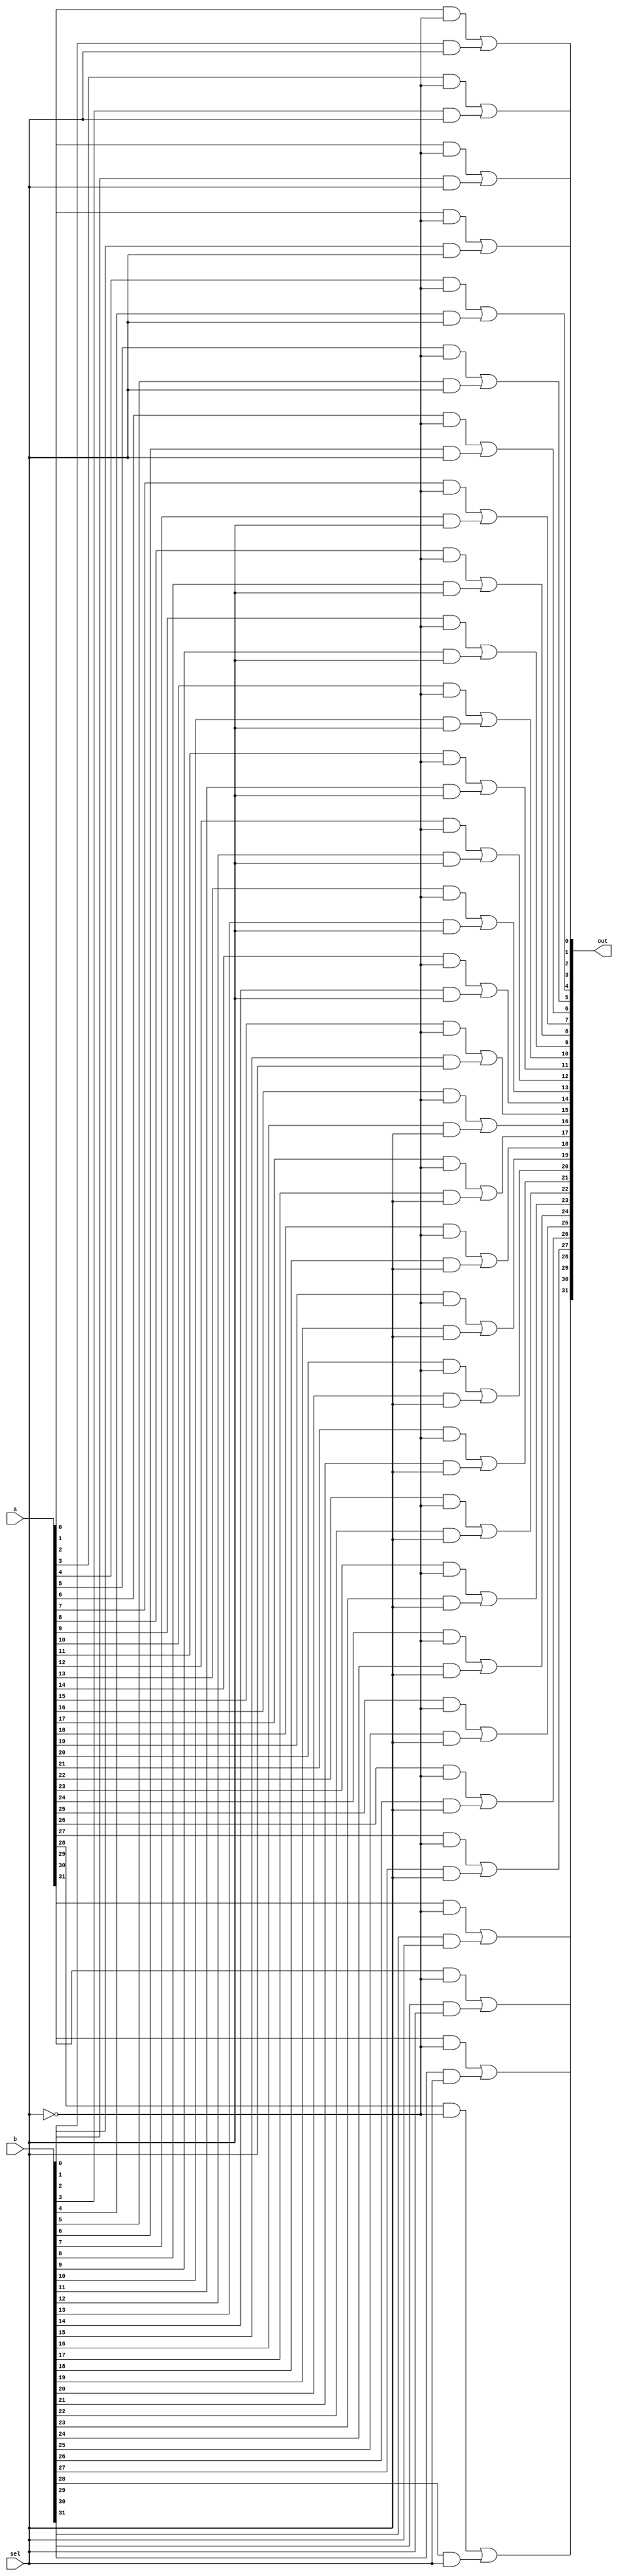
module mux2w32(
out,
a,
b,
sel);

//input
input wire [31:0] a;
input wire [31:0] b;
input wire sel;
//output
output wire [31:0] out;
//intermediate
wire notsel;
wire [31:0] asel;
wire [31:0] bsel;
not(notsel,sel);
and(asel[0],a[0],notsel);
and(asel[1],a[1],notsel);
and(asel[2],a[2],notsel);
and(asel[3],a[3],notsel);
and(asel[4],a[4],notsel);
and(asel[5],a[5],notsel);
and(asel[6],a[6],notsel);
and(asel[7],a[7],notsel);
and(asel[8],a[8],notsel);
and(asel[9],a[9],notsel);
and(asel[10],a[10],notsel);
and(asel[11],a[11],notsel);
and(asel[12],a[12],notsel);
and(asel[13],a[13],notsel);
and(asel[14],a[14],notsel);
and(asel[15],a[15],notsel);
and(asel[16],a[16],notsel);
and(asel[17],a[17],notsel);
and(asel[18],a[18],notsel);
and(asel[19],a[19],notsel);
and(asel[20],a[20],notsel);
and(asel[21],a[21],notsel);
and(asel[22],a[22],notsel);
and(asel[23],a[23],notsel);
and(asel[24],a[24],notsel);
and(asel[25],a[25],notsel);
and(asel[26],a[26],notsel);
and(asel[27],a[27],notsel);
and(asel[28],a[28],notsel);
and(asel[29],a[29],notsel);
and(asel[30],a[30],notsel);
and(asel[31],a[31],notsel);

and(bsel[0],b[0],sel);
and(bsel[1],b[1],sel);
and(bsel[2],b[2],sel);
and(bsel[3],b[3],sel);
and(bsel[4],b[4],sel);
and(bsel[5],b[5],sel);
and(bsel[6],b[6],sel);
and(bsel[7],b[7],sel);
and(bsel[8],b[8],sel);
and(bsel[9],b[9],sel);
and(bsel[10],b[10],sel);
and(bsel[11],b[11],sel);
and(bsel[12],b[12],sel);
and(bsel[13],b[13],sel);
and(bsel[14],b[14],sel);
and(bsel[15],b[15],sel);
and(bsel[16],b[16],sel);
and(bsel[17],b[17],sel);
and(bsel[18],b[18],sel);
and(bsel[19],b[19],sel);
and(bsel[20],b[20],sel);
and(bsel[21],b[21],sel);
and(bsel[22],b[22],sel);
and(bsel[23],b[23],sel);
and(bsel[24],b[24],sel);
and(bsel[25],b[25],sel);
and(bsel[26],b[26],sel);
and(bsel[27],b[27],sel);
and(bsel[28],b[28],sel);
and(bsel[29],b[29],sel);
and(bsel[30],b[30],sel);
and(bsel[31],b[31],sel);

or(out[0],asel[0],bsel[0]);
or(out[1],asel[1],bsel[1]);
or(out[2],asel[2],bsel[2]);
or(out[3],asel[3],bsel[3]);
or(out[4],asel[4],bsel[4]);
or(out[5],asel[5],bsel[5]);
or(out[6],asel[6],bsel[6]);
or(out[7],asel[7],bsel[7]);
or(out[8],asel[8],bsel[8]);
or(out[9],asel[9],bsel[9]);
or(out[10],asel[10],bsel[10]);
or(out[11],asel[11],bsel[11]);
or(out[12],asel[12],bsel[12]);
or(out[13],asel[13],bsel[13]);
or(out[14],asel[14],bsel[14]);
or(out[15],asel[15],bsel[15]);
or(out[16],asel[16],bsel[16]);
or(out[17],asel[17],bsel[17]);
or(out[18],asel[18],bsel[18]);
or(out[19],asel[19],bsel[19]);
or(out[20],asel[20],bsel[20]);
or(out[21],asel[21],bsel[21]);
or(out[22],asel[22],bsel[22]);
or(out[23],asel[23],bsel[23]);
or(out[24],asel[24],bsel[24]);
or(out[25],asel[25],bsel[25]);
or(out[26],asel[26],bsel[26]);
or(out[27],asel[27],bsel[27]);
or(out[28],asel[28],bsel[28]);
or(out[29],asel[29],bsel[29]);
or(out[30],asel[30],bsel[30]);
or(out[31],asel[31],bsel[31]);
endmodule